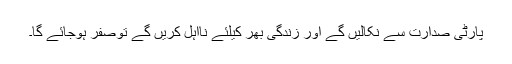
پارٹی صدارت سے نکالیں گے اور زندگی بھر کیلئے نااہل کریں گے توصفر ہوجائے گا۔